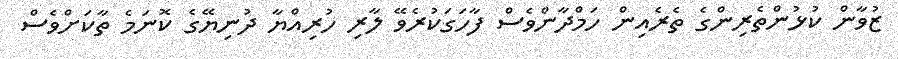
ޒުވާން ކުޅުންތެރިންގެ ތެރެއިން ހަމްދާންވެސް ފާހަގަކުރެވޭ ލާރި ހުރިއްޔާ ދުނިޔޭގެ ކޮނަމެ ތާކަށްވެސް